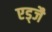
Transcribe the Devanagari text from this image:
एड्जै